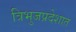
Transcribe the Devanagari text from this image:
त्रिभुजप्रदेशात